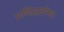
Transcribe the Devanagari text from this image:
प्रसिद्धतोमर